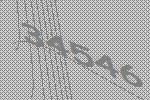
34546